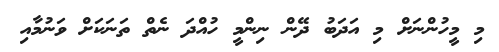
މި މީހުންނަށް މި އަދަބު ދޭން ނިންމީ ހުއްދަ ނެތް ތަނަކަށް ވަނުމާއި